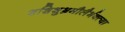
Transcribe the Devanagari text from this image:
शशिशुभ्रमौलैर्भक्त्या